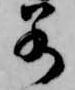
若